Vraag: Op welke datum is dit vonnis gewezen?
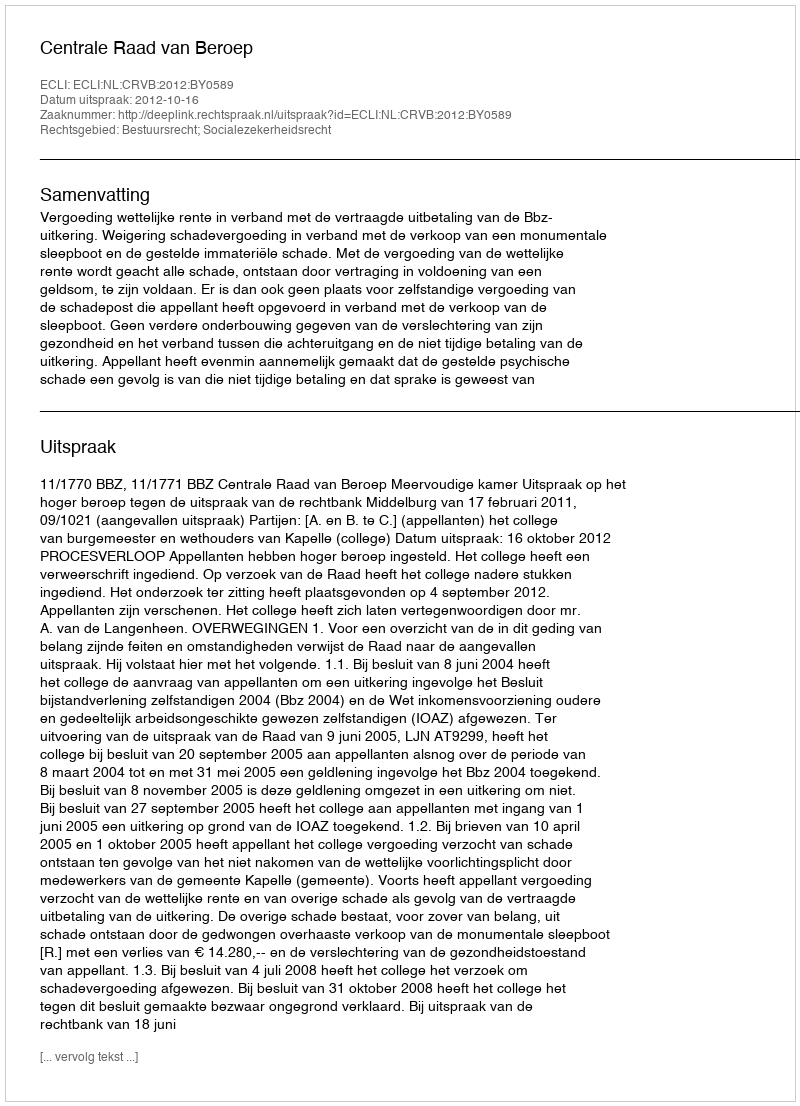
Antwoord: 2012-10-16